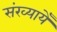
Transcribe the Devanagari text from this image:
संख्यायेँ